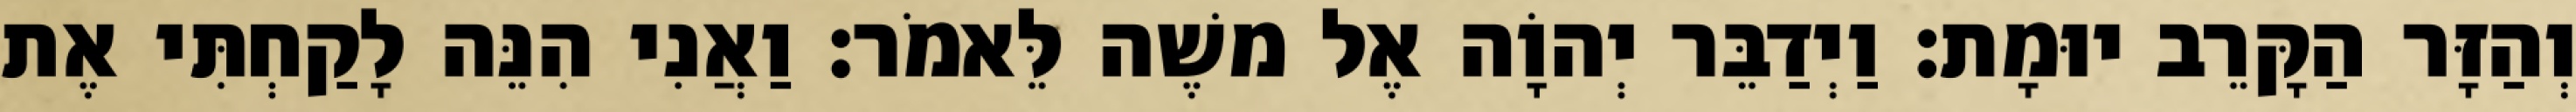
וְהַזָּר הַקָּרֵב יוּמָת׃ וַיְדַבֵּר יְהוָֹה אֶל משֶׁה לֵּאמֹר׃ וַאֲנִי הִנֵּה לָקַחְתִּי אֶת